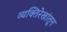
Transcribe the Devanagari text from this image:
व्यक्तिरेखांतून